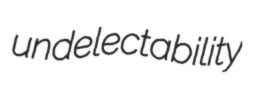
undelectability